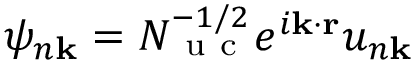
\psi _ { n \mathbf k } = N _ { \mathrm { ~ u ~ c ~ } } ^ { - 1 / 2 } e ^ { i \mathbf k \cdot \mathbf r } u _ { n \mathbf k }